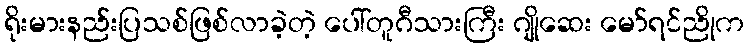
ရိုးမားနည်းပြသစ်ဖြစ်လာခဲ့တဲ့ ပေါ်တူဂီသားကြီး ဂျိုဆေး မော်ရင်ညိုက